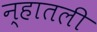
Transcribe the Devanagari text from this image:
न्हातली